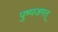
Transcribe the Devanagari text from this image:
पुष्पजगत्